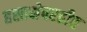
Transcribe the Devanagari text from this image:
हस्तक्षेपरहीत